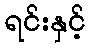
ရင်းနှင့်